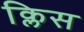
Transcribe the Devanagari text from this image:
क्लिस